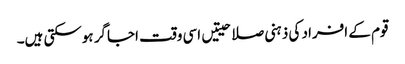
قوم کے افراد کی ذہنی صلاحیتیں اسی وقت اجاگر ہوسکتی ہیں۔